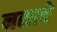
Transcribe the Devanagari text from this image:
नळाचे